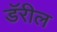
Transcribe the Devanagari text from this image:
डॅरील